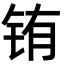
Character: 铕